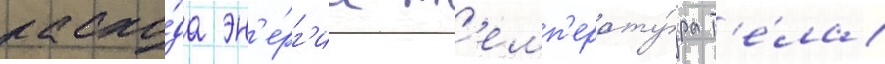
расхо́да эн'е́рг'ии т'емп'ерату́ра т'е́ла